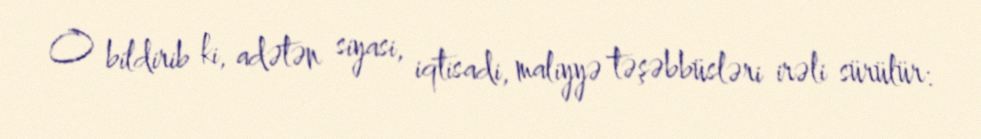
O bildirib ki, adətən siyasi, iqtisadi, maliyyə təşəbbüsləri irəli sürülür: